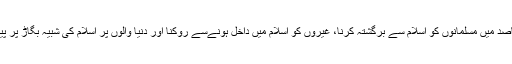
ان کے اہم مقاصد میں مسلمانوں کو اسلام سے برگشتہ کرنا، غیروں کو اسلام میں داخل ہونےسے روکنا اور دنیا والوں پر اسلام کی شبیہ بگاڑ پر پیش کرنا ہے ۔